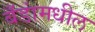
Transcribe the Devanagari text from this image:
बँडांमधील